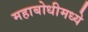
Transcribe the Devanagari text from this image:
महाबोधीमध्ये